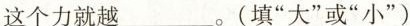
这个力就越___。(填”大”或”小”)